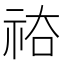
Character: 𥙗